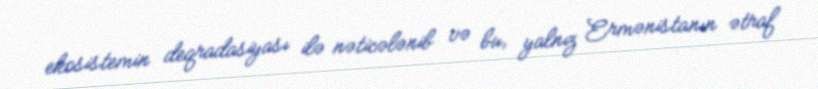
ekosistemin deqradasiyası ilə nəticələnib və bu, yalnız Ermənistanın ətraf